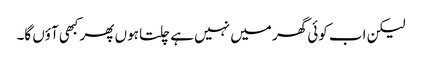
لیکن اب کوئی گھر میں نہیں ہے چلتا ہوں پھر کبھی آؤں گا۔